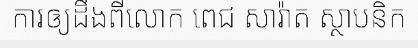
ការឲ្យដឹងពីលោក ពេជ សារ៉ាត ស្ថាបនិក